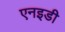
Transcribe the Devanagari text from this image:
एनइडी